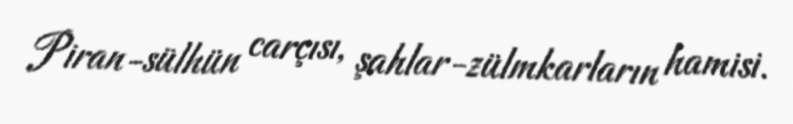
Piran-sülhün carçısı, şahlar-zülmkarların hamisi.